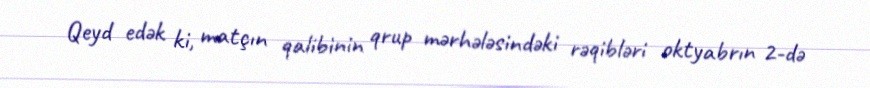
Qeyd edək ki, matçın qalibinin qrup mərhələsindəki rəqibləri oktyabrın 2-də